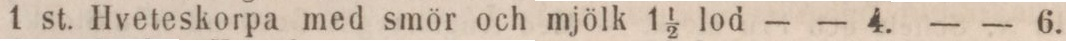
1 st. Hveteskorpa med smör och mjölk 1 1/2 lod    — — 4.    — — 6.